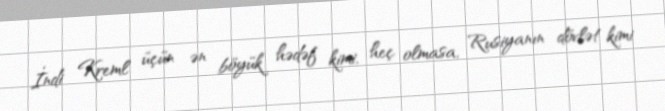
İndi Kreml üçün ən böyük hədəf kimi, heç olmasa, Rusiyanın dövlət kimi